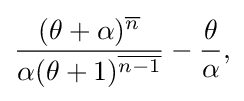
{\begin{aligned}{\frac {(\theta +\alpha )^{\overline {n}}}{\alpha (\theta +1)^{\overline {n-1}}}}-{\frac {\theta }{\alpha }},\end{aligned}}